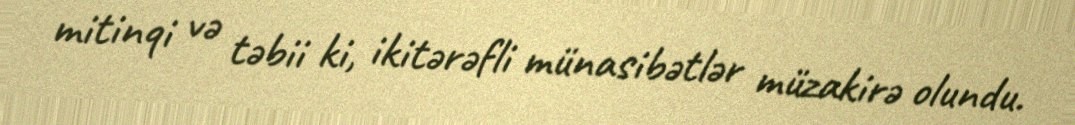
mitinqi və təbii ki, ikitərəfli münasibətlər müzakirə olundu.